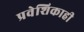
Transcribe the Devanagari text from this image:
प्रवेशिकाही